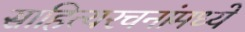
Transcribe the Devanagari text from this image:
साहित्यरचनांमध्ये